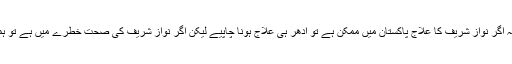
جس پر نیب وکیل کا کہنا تھا کہ اگر نواز شریف کا علاج پاکستان میں ممکن ہے تو ادھر ہی علاج ہونا چاپیے لیکن اگر نواز شریف کی صحت خطرے میں ہے تو ہمارے پاس کوئی اور آپشن نہیں۔